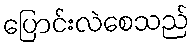
ပြောင်းလဲစေသည်